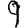
Digit: 9